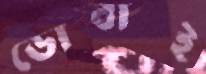
ডোবাই